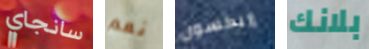
سانجاي نعم إريكسون بلانك